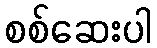
စစ်ဆေးပါ